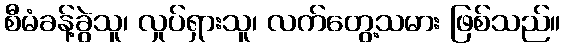
စီမံခန့်ခွဲသူ၊ လှုပ်ရှားသူ၊ လက်တွေ့သမား ဖြစ်သည်။